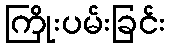
ကြိုးပမ်းခြင်း